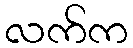
လက်က